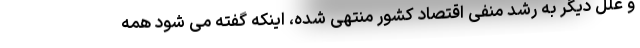
و علل دیگر به رشد منفی اقتصاد کشور منتهی شده، اینکه گفته می شود همه